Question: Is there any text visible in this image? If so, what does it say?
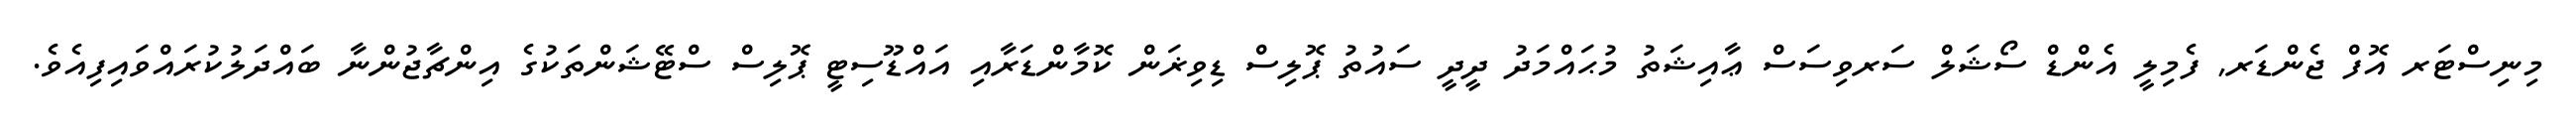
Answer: މިނިސްޓަރ އޮފް ޖެންޑަރ, ފެމިލީ އެންޑް ސޯޝަލް ސަރވިސަސް ޢާއިޝަތު މުޙައްމަދު ދީދީ ސައުތު ޕޮލިސް ޑިވިޜަން ކޮމާންޑަރާއި އައްޑޫސިޓީ ޕޮލިސް ސްޓޭޝަންތަކުގެ އިންޗާޖުންނާ ބައްދަލުކުރައްވައިފިއެވެ.